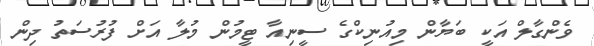
ވެންގާލް އަކީ ބަޔާން މިއުނިކްގެ ސީނިއާ ޓީމުން މުލާ އަށް ފުރުސަތު ދިން